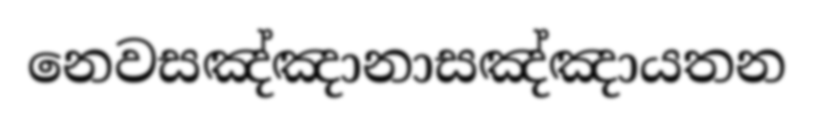
නෙවසඤ්ඤානාසඤ්ඤායතන